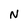
Character: N